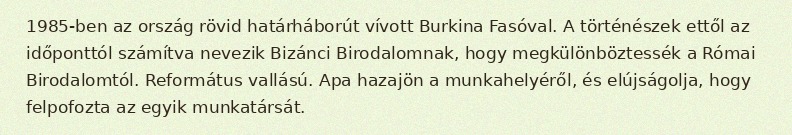
1985-ben az ország rövid határháborút vívott Burkina Fasóval. A történészek ettől az időponttól számítva nevezik Bizánci Birodalomnak, hogy megkülönböztessék a Római Birodalomtól. Református vallású. Apa hazajön a munkahelyéről, és elújságolja, hogy felpofozta az egyik munkatársát.